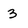
Character: 3